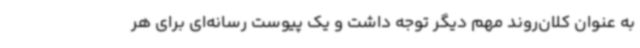
به عنوان کلان‌روند مهم دیگر توجه داشت و یک پیوست رسانه‌ای برای هر